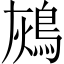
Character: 𪀬